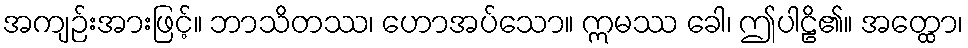
အကျဉ်းအားဖြင့်။ ဘာသိတဿ၊ ဟောအပ်သော။ ဣမဿ ခေါ၊ ဤပါဠိ၏။ အတ္ထော၊